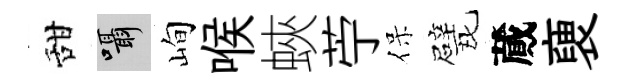
甜囁峋喉蛺苧保戏蕆褏